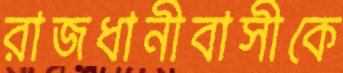
রাজধানীবাসীকে